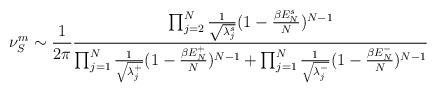
LaTeX: \begin{align*}\nu_S^m \sim \frac{1}{2\pi } \frac{\prod_{j=2}^N \frac{1}{\sqrt{\lambda^s_j}}( 1 - \frac{\beta E_N^s}{N} )^{N-1}}{\prod_{j=1}^N\frac{1}{ \sqrt{\lambda^+_j}}( 1 - \frac{\beta E_N^+}{N} )^{N-1} + \prod_{j=1}^N \frac{1}{ \sqrt{\lambda^-_j}}( 1 - \frac{\beta E_N^-}{N} )^{N-1}} \end{align*}